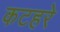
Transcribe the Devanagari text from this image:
कटहरे